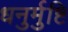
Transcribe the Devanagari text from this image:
धनुर्मुष्टि